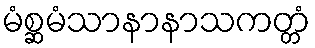
မံစ္ဆမံသာနာနာသကတ္တံ